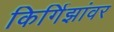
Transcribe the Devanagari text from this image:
किर्गिझांवर